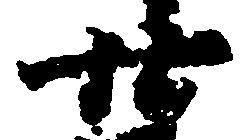
廿